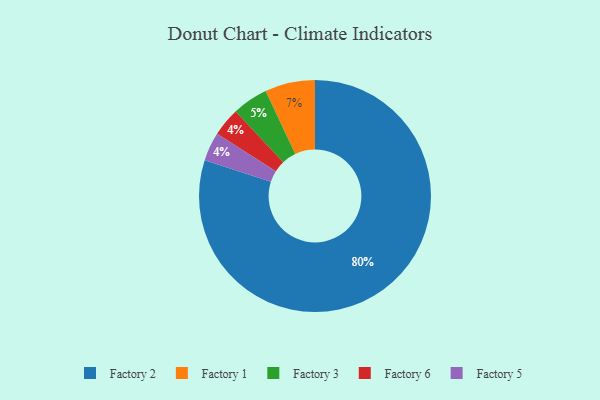
{"axis": {"x": "Category", "y": "Percentage"}, "legend": ["Factory 1", "Factory 2", "Factory 3", "Factory 5", "Factory 6"], "data": [{"x": "Factory 1", "y": 7, "type": "Factory 1"}, {"x": "Factory 6", "y": 4, "type": "Factory 6"}, {"x": "Factory 5", "y": 4, "type": "Factory 5"}, {"x": "Factory 2", "y": 80, "type": "Factory 2"}, {"x": "Factory 3", "y": 5, "type": "Factory 3"}]}